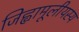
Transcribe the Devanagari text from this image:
जिह्वामूलीयस्य